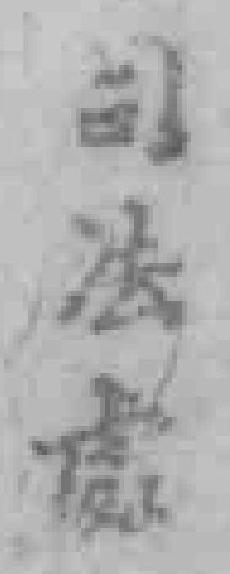
司法處